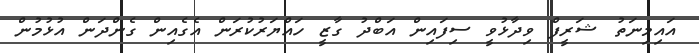
އައިމިނަތު ޝަރީފް ވިދާޅުވީ ސިފައިން އަބްދު ގާޒީ ހައްޔަރުކުރަން އެގެއިން ގެންދަން އުޅުމުން